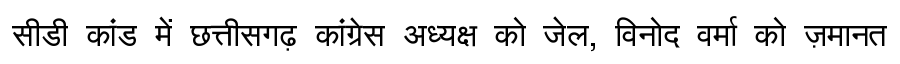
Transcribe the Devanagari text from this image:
सीडी कांड में छत्तीसगढ़ कांग्रेस अध्यक्ष को जेल, विनोद वर्मा को ज़मानत